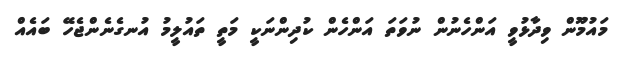
މައުމޫން ވިދާޅުވީ އަންހެނުން ނުވަތަ އަންހެން ކުދިންނަކީ މަތީ ތައުލީމު އުނގެނެންޖެހޭ ބައެއް